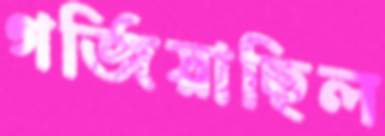
গর্জিয়াছিল